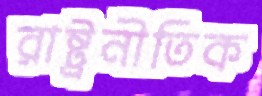
রাষ্ট্রনীতিক